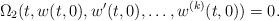
LaTeX: \begin{align*}\Omega_2(t,w(t,0),w'(t,0),\dots, w^{(k)}(t,0))=0.\end{align*}